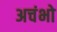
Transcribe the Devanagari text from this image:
अचंभो